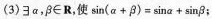
(3)∃α，β∈R，使$$\sin ( α + β ) = \sin α + \sin β$$；